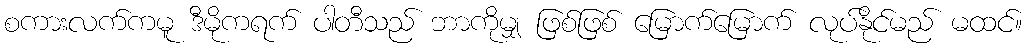
စကားလက်ကမူ ဒီမိုကရက် ပါတီသည် ဘာကိုမျှ ဖြစ်ဖြစ် မြောက်မြောက် လုပ်နိုင်မည် မထင်။